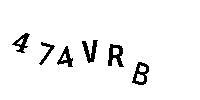
474VRB